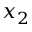
x _ { 2 }